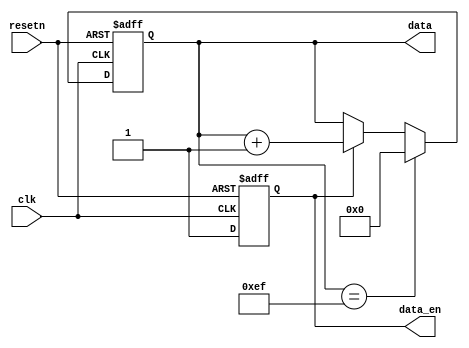
module data_generation(input clk, input resetn, output reg data_en, output reg [7:0] data);

 always@(posedge clk or negedge resetn)
 if(resetn == 1'b0)
 data_en <= 1'b0;
 else
 data_en <= 1'b1;


 always@(posedge clk or negedge resetn)
 if(resetn == 1'b0)
 data <= 8'd0;
 else if(data == 8'd239)
 data <= 8'd0;
 else if(data_en == 1'b1)
 data <= data + 1'b1;
 else
 data <= data;
 
endmodule